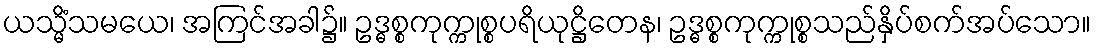
ယသ္မိံသမယေ၊ အကြင်အခါ၌။ ဥဒ္ဓစ္စကုက္ကုစ္စပရိယုဋ္ဌိတေန၊ ဥဒ္ဓစ္စကုက္ကုစ္စသည်နှိပ်စက်အပ်သော။